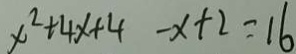
x ^ { 2 } + 4 x + 4 - x + 2 = 1 6